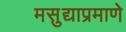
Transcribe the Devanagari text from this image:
मसुद्याप्रमाणे